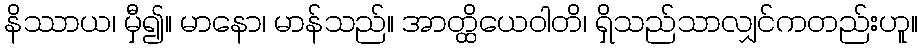
နိဿာယ၊ မှီ၍။ မာနော၊ မာန်သည်။ အာတ္ထိယေဝါတိ၊ ရှိသည်သာလျှင်ကတည်းဟူ။